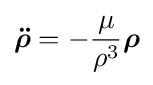
{\boldsymbol {\ddot {\rho }}}=-{\mu  \over \rho ^{3}}{\boldsymbol {\rho }}